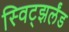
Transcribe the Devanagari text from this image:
स्विट्झर्लंड